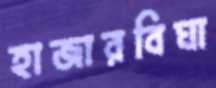
হাজারবিঘা